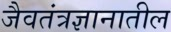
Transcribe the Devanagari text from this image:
जैवतंत्रज्ञानातील